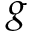
g